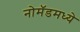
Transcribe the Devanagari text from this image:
नोमॅडमध्ये